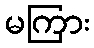
မကြား